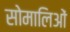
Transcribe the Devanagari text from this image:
सोमालिओं